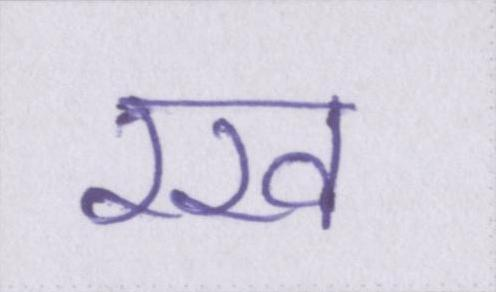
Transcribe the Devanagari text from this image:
रख